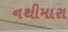
નથીમારા